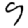
Digit: 9